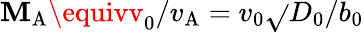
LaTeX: {\mathbf{M}_{\mathrm{{A}}}}\equivv_{0}/v_{\mathrm{{A}}}=v_{0}\sqrt{}{{D_{0}}}/{b_{0}}